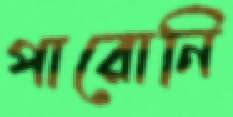
পারোনি